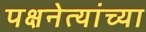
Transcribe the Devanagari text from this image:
पक्षनेत्यांच्या